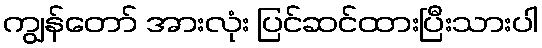
ကျွန်တော် အားလုံး ပြင်ဆင်ထားပြီးသားပါ